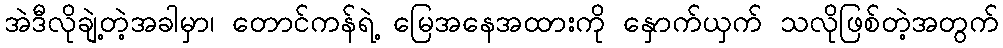
အဲဒီလိုချဲ့တဲ့အခါမှာ၊ တောင်ကန်ရဲ့ မြေအနေအထားကို နှောက်ယှက် သလိုဖြစ်တဲ့အတွက်